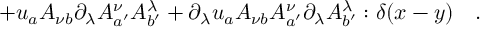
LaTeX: + u _ { a } A _ { \nu b } \partial _ { \lambda } A _ { a ^ { \prime } } ^ { \nu } A _ { b ^ { \prime } } ^ { \lambda } + \partial _ { \lambda } u _ { a } A _ { \nu b } A _ { a ^ { \prime } } ^ { \nu } \partial _ { \lambda } A _ { b ^ { \prime } } ^ { \lambda } : \delta ( x - y ) \quad .